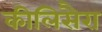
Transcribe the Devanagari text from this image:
कीलिसैरा